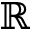
\mathbb { R }